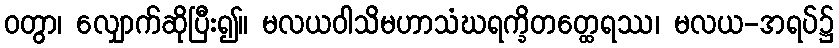
ဝတွာ၊ လျှောက်ဆိုပြီး၍။ မလယဝါသိမဟာသံဃရက္ခိတတ္ထေရဿ၊ မလယ-အရပ်၌